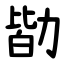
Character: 勓